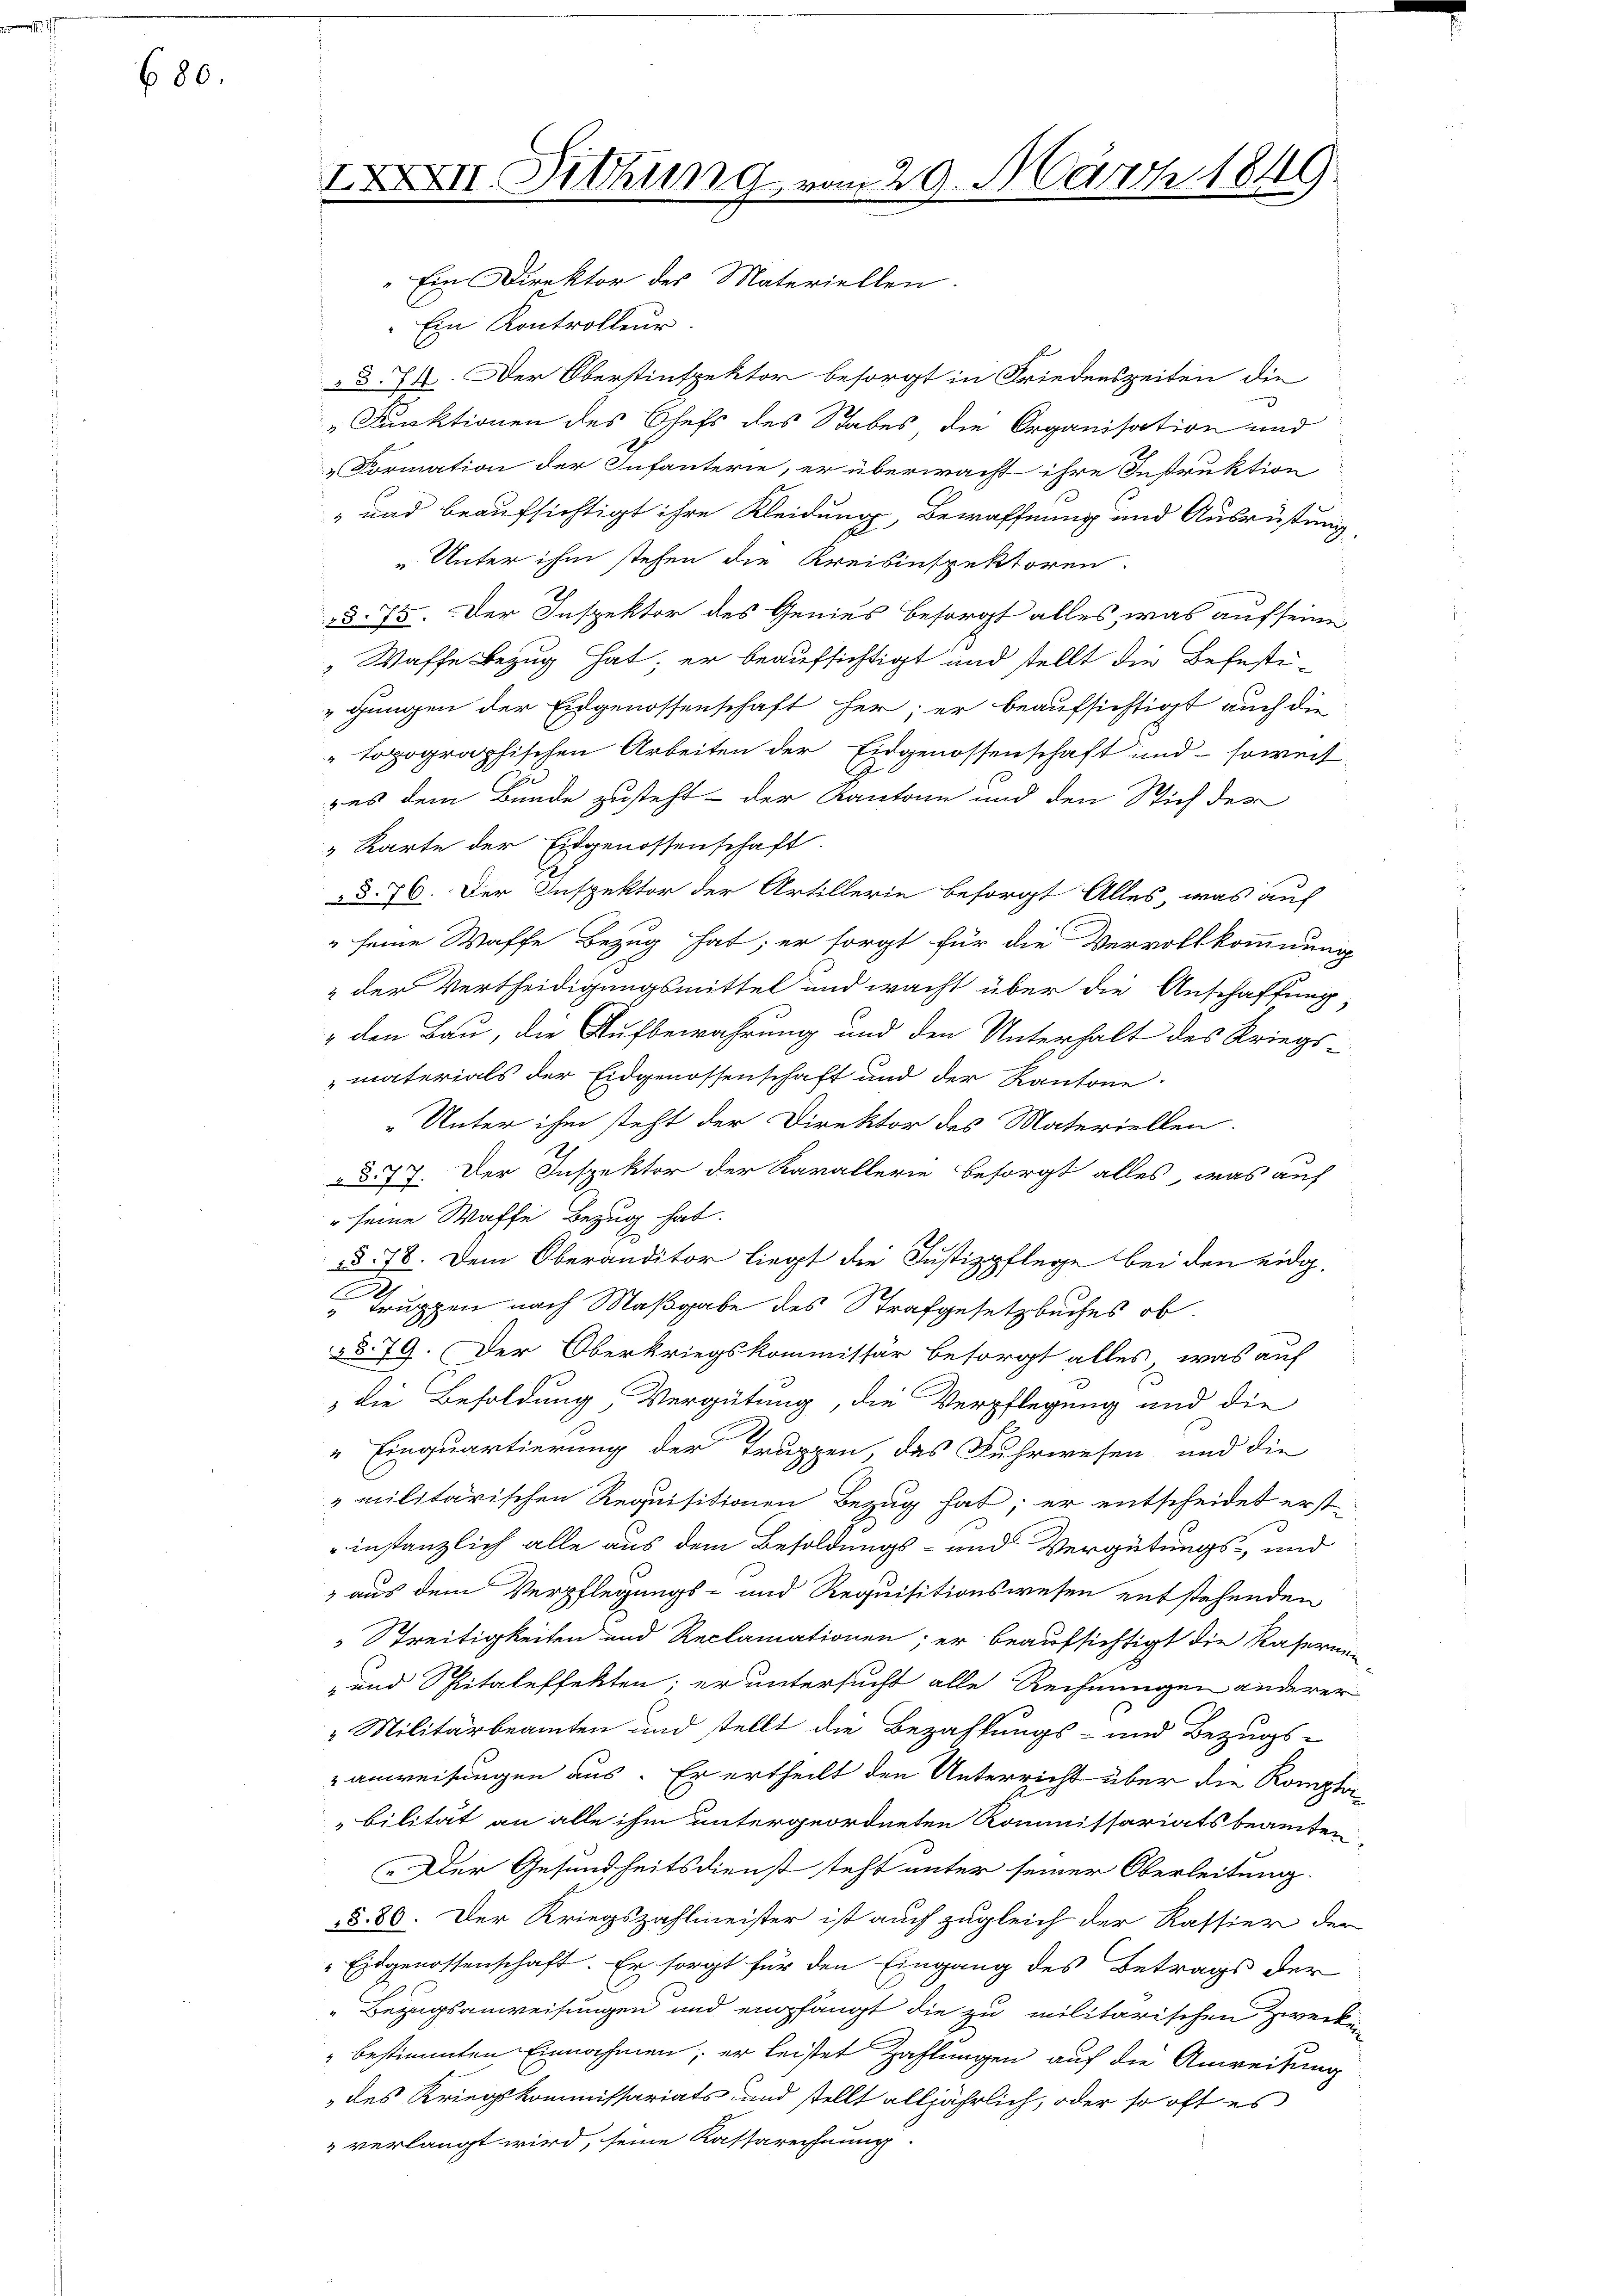
686.

2

XII. Sitzung

29. März 1849.

"Ein Direktor des Materiellen.
Ein Kontrolleur.
§. 74. Der Oberstinspektor besorgt in Friedenszeiten die
9
"Funktionen des Chefs des Stabes, die Organisation und
Formation der Infanterie, er überwacht ihre Instruktion
" und beaufsichtigt ihre Kleidung, Bewaffnung und Ausrüstung
„Unter ihm stehen die Kreisinspektoren.
§§. 75. Der Inspektor des Genies besorgt alles, was auf seinen
" Waffe Bezug hat; er beaufsichtigt und stellt die Befestigungen der Eidgenossenschaft her, er beaufsichtigt auch die
" topographischen Arbeiten der Eidgenossenschaft und - soweit
was dem Bunde zusteht – der Kantone und den Sich der
" Karte der Eidgenossenschaft.
§ 76. Der Inspektor der Artillerie besorgt Alles, was auf
" seine Waffe Bezug hat; er sorgt für die Vervollkommnung
 der Vertheidigungsmittel und wacht über die Anschaffung
" den Bau, die Aufbewahrung und den Unterhalt des Kriegs
materials der Eidgenossenschaft und der Kantone
„Unter ihm steht der Direktor des Materiellen.
§ 77. Der Inspektor der Karallerie besorgt alles, was auf
" seine Waffe Bezug hat.
§§ 78. Dem Oberanditor liegt die Justizpflege bei den eidg.
Truppen nach Maßgabe des Strafgesetzbuches ob.
§79. Der Oberkriegskommissär besorgt alles, was auf
3 die Besoldung, Vergütung, die Verpflegung und die
"Einquartierung der Truppen, das Fuhrwesen und die
„militärischen Requisitionen Bezug hat; er entscheidet erst
instanzlich alle aus dem Besoldungs- und Vergütungs- und
 aus dem Verpflegungs- und Requisitionswesen entstehenden
 Streitigkeiten und Reclamationen, er beaufsichtigt die Kasernen
-und Spitaleffekten, er untersucht alle Rechnungen anderer
 Militärbeamten und stellt die Bezahlungs- und Bezugs-
anweisungen aus. Er ertheilt den Unterricht über die Kompta-
bilität an alle ihm untergeordneten Kommissariatsbeamten
Der Gesundheitsdienst teht unter seiner Oberleitung.
§§ 80. Der Kriegszahlmeister ist auch zugleich der Kassier der
" Eidgenossenschaft. Er sorgt für den Eingang des Betrags der
Bezugsanweisungen und empfängt die zu militarischen Zwecken
" bestimmten Einnahmen; er leistet Zahlungen auf die Anweisung
des Kriegskommissariats und stellt alljährlich, oder so oft es
" verlangt wird, seine Kassarechnung.